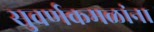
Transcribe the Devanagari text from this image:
सुवर्णकमळांना